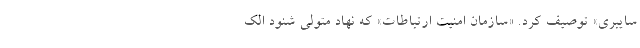
سایبری» توصیف کرد. «سازمان امنیت ارتباطات» که نهاد متولی شنود الک